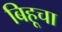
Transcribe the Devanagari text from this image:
बिहूचा